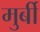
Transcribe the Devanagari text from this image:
मुर्बी